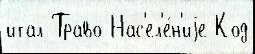
итал Траво Нас'ел'е́н'иjе Код